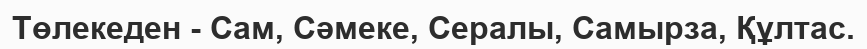
Төлекеден - Сам, Сәмеке, Сералы, Самырза, Құлтас.